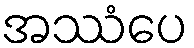
အဿံပေ